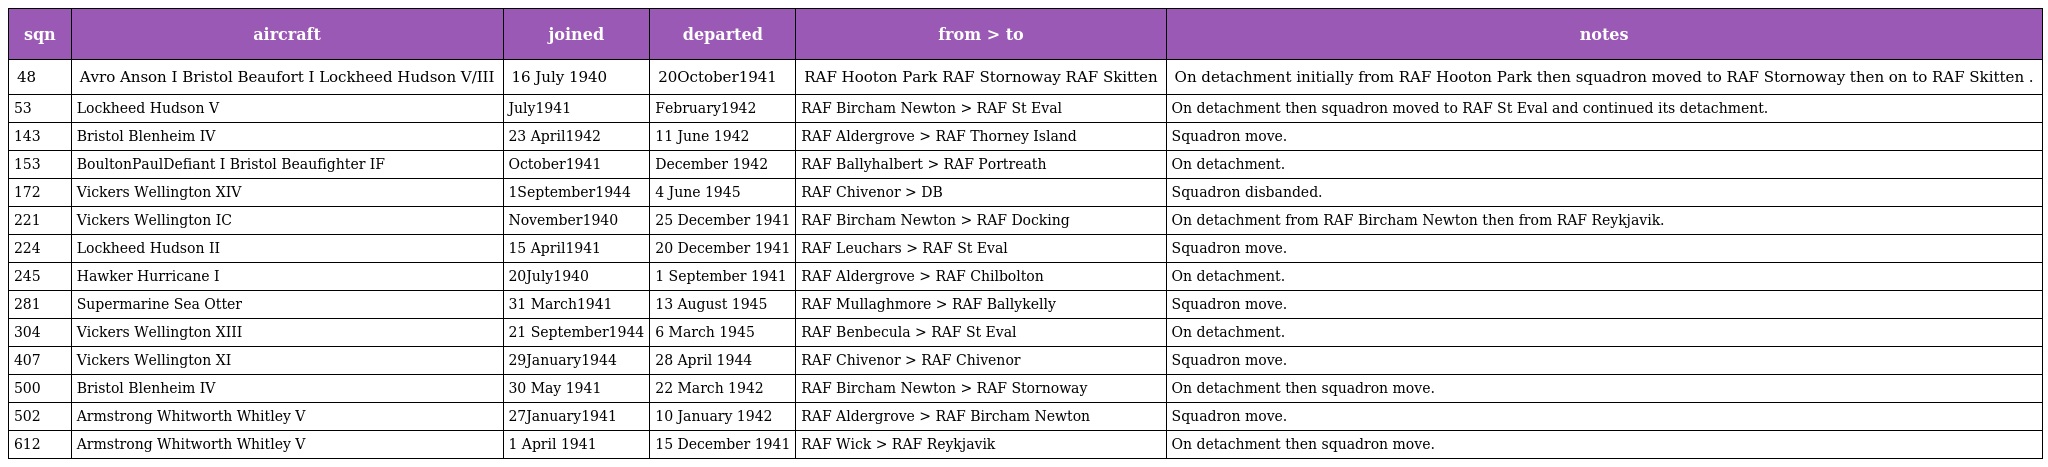
| sqn | aircraft | joined | departed | from > to | notes |
 | --- | --- | --- | --- | --- | --- |
 | 48 | Avro Anson I Bristol Beaufort I Lockheed Hudson V/III | 16 July 1940 | 20October1941 | RAF Hooton Park RAF Stornoway RAF Skitten | On detachment initially from RAF Hooton Park then squadron moved to RAF Stornoway then on to RAF Skitten . |
 | 53 | Lockheed Hudson V | July1941 | February1942 | RAF Bircham Newton > RAF St Eval | On detachment then squadron moved to RAF St Eval and continued its detachment. |
 | 143 | Bristol Blenheim IV | 23 April1942 | 11 June 1942 | RAF Aldergrove > RAF Thorney Island | Squadron move. |
 | 153 | BoultonPaulDefiant I Bristol Beaufighter IF | October1941 | December 1942 | RAF Ballyhalbert > RAF Portreath | On detachment. |
 | 172 | Vickers Wellington XIV | 1September1944 | 4 June 1945 | RAF Chivenor > DB | Squadron disbanded. |
 | 221 | Vickers Wellington IC | November1940 | 25 December 1941 | RAF Bircham Newton > RAF Docking | On detachment from RAF Bircham Newton then from RAF Reykjavik. |
 | 224 | Lockheed Hudson II | 15 April1941 | 20 December 1941 | RAF Leuchars > RAF St Eval | Squadron move. |
 | 245 | Hawker Hurricane I | 20July1940 | 1 September 1941 | RAF Aldergrove > RAF Chilbolton | On detachment. |
 | 281 | Supermarine Sea Otter | 31 March1941 | 13 August 1945 | RAF Mullaghmore > RAF Ballykelly | Squadron move. |
 | 304 | Vickers Wellington XIII | 21 September1944 | 6 March 1945 | RAF Benbecula > RAF St Eval | On detachment. |
 | 407 | Vickers Wellington XI | 29January1944 | 28 April 1944 | RAF Chivenor > RAF Chivenor | Squadron move. |
 | 500 | Bristol Blenheim IV | 30 May 1941 | 22 March 1942 | RAF Bircham Newton > RAF Stornoway | On detachment then squadron move. |
 | 502 | Armstrong Whitworth Whitley V | 27January1941 | 10 January 1942 | RAF Aldergrove > RAF Bircham Newton | Squadron move. |
 | 612 | Armstrong Whitworth Whitley V | 1 April 1941 | 15 December 1941 | RAF Wick > RAF Reykjavik | On detachment then squadron move. |